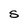
Character: S